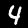
Label: 4